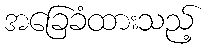
အခြေခံထားသည့်